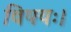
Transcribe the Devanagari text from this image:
विषयः।